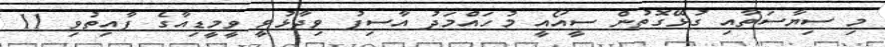
މި ސިޔާސަތާއި ގުޅޭގޮތުން ސީއޯއީ މުހައްމަދު އާސިފު ވިދާޅުވީ ވީމީޑިއާގެ ފާއިތުވި 11